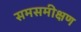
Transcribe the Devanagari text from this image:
समसमीक्षण